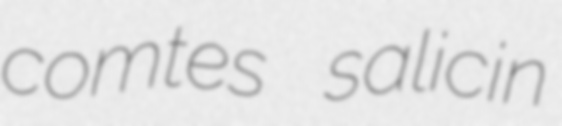
comtes salicin